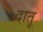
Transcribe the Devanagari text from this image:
दातू